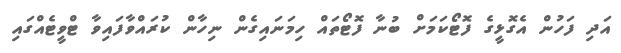
އަދި ފަހުން އެގޮޅީގެ ފޮޓޯކަމަށް ބުނާ ފޮޓޯތައް ހިމަނައިގެން ނިހާން ކުރައްވާފައިވާ ޓްވީޓެއްގައި